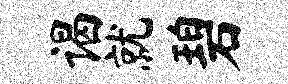
谒就碧